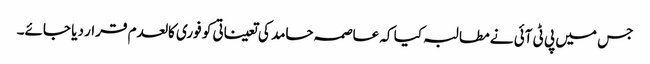
جس میں پی ٹی آئی نے مطالبہ کیا کہ عاصمہ حامد کی تعیناتی کو فوری کالعدم قرار دیا جائے۔